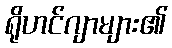
ရိုဟင်ဂျာများ၏